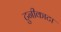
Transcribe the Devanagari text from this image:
टुनीकाटा